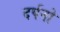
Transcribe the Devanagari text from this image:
दर्पनो